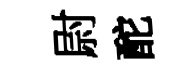
尉酡